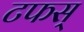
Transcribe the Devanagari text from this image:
टफस्